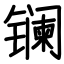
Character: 镧